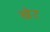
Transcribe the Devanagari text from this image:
खेट